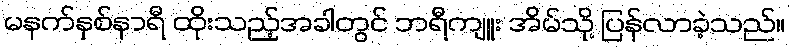
မနက်နှစ်နာရီ ထိုးသည့်အခါတွင် ဘရီကျူး အိမ်သို့ ပြန်လာခဲ့သည်။